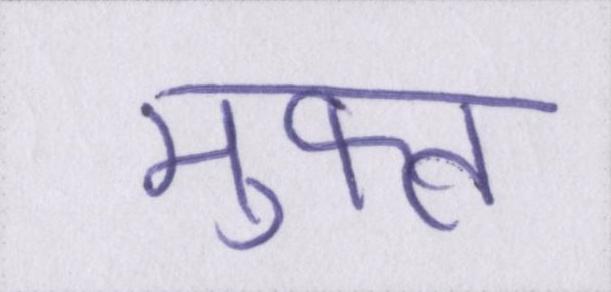
मुफ्त